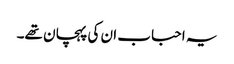
یہ احباب ان کی پہچان تھے۔